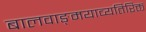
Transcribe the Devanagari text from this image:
बालवाङ्‌मयाव्यतिरिक्त